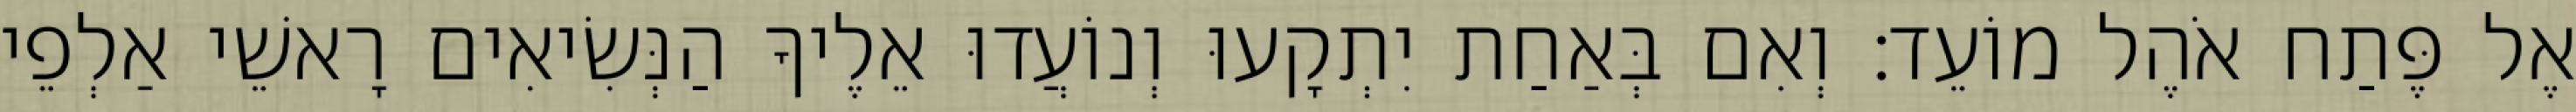
אֶל פֶּתַח אֹהֶל מוֹעֵד׃ וְאִם בְּאַחַת יִתְקָעוּ וְנוֹעֲדוּ אֵלֶיךָ הַנְּשִׂיאִים רָאשֵׁי אַלְפֵי